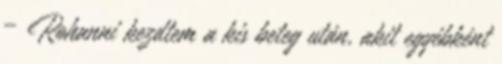
– Rohanni kezdtem a kis beteg után, akit egyébként